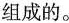
组成的。